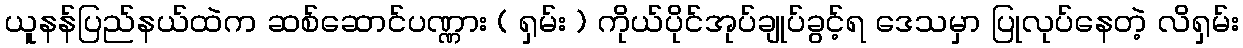
ယူနန်ပြည်နယ်ထဲက ဆစ်ဆောင်ပဏ္ဏား ( ရှမ်း ) ကိုယ်ပိုင်အုပ်ချုပ်ခွင့်ရ ဒေသမှာ ပြုလုပ်နေတဲ့ လိရှမ်း